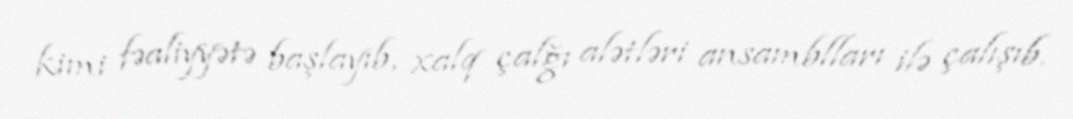
kimi fəaliyyətə başlayıb, xalq çalğı alətləri ansamblları ilə çalışıb.